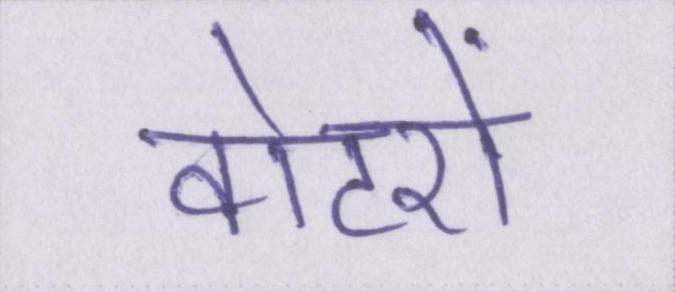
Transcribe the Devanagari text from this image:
वोटरों